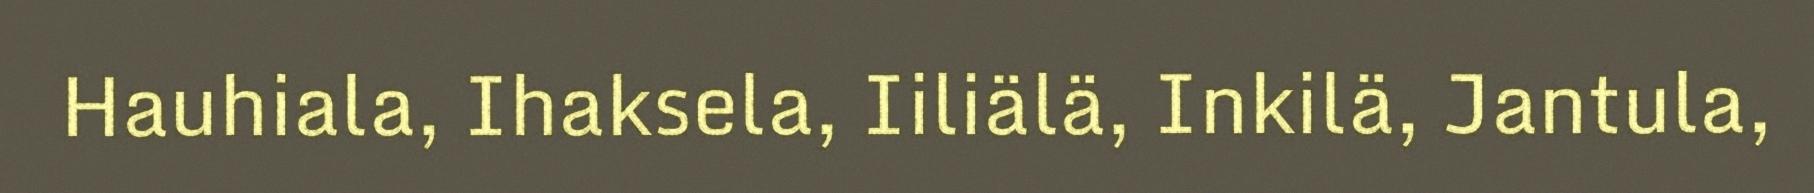
Hauhiala, Ihaksela, Iiliälä, Inkilä, Jantula,